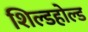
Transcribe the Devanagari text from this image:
शिल्डहोल्ड